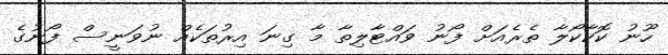
ހޫނު ކޮކާކޯލާ ތެރެއަށް ފޯނު ވައްޓާލިތާ މާ ގިނަ އިރުތަކެއް ނުވަނީސް ފޯނުގެ